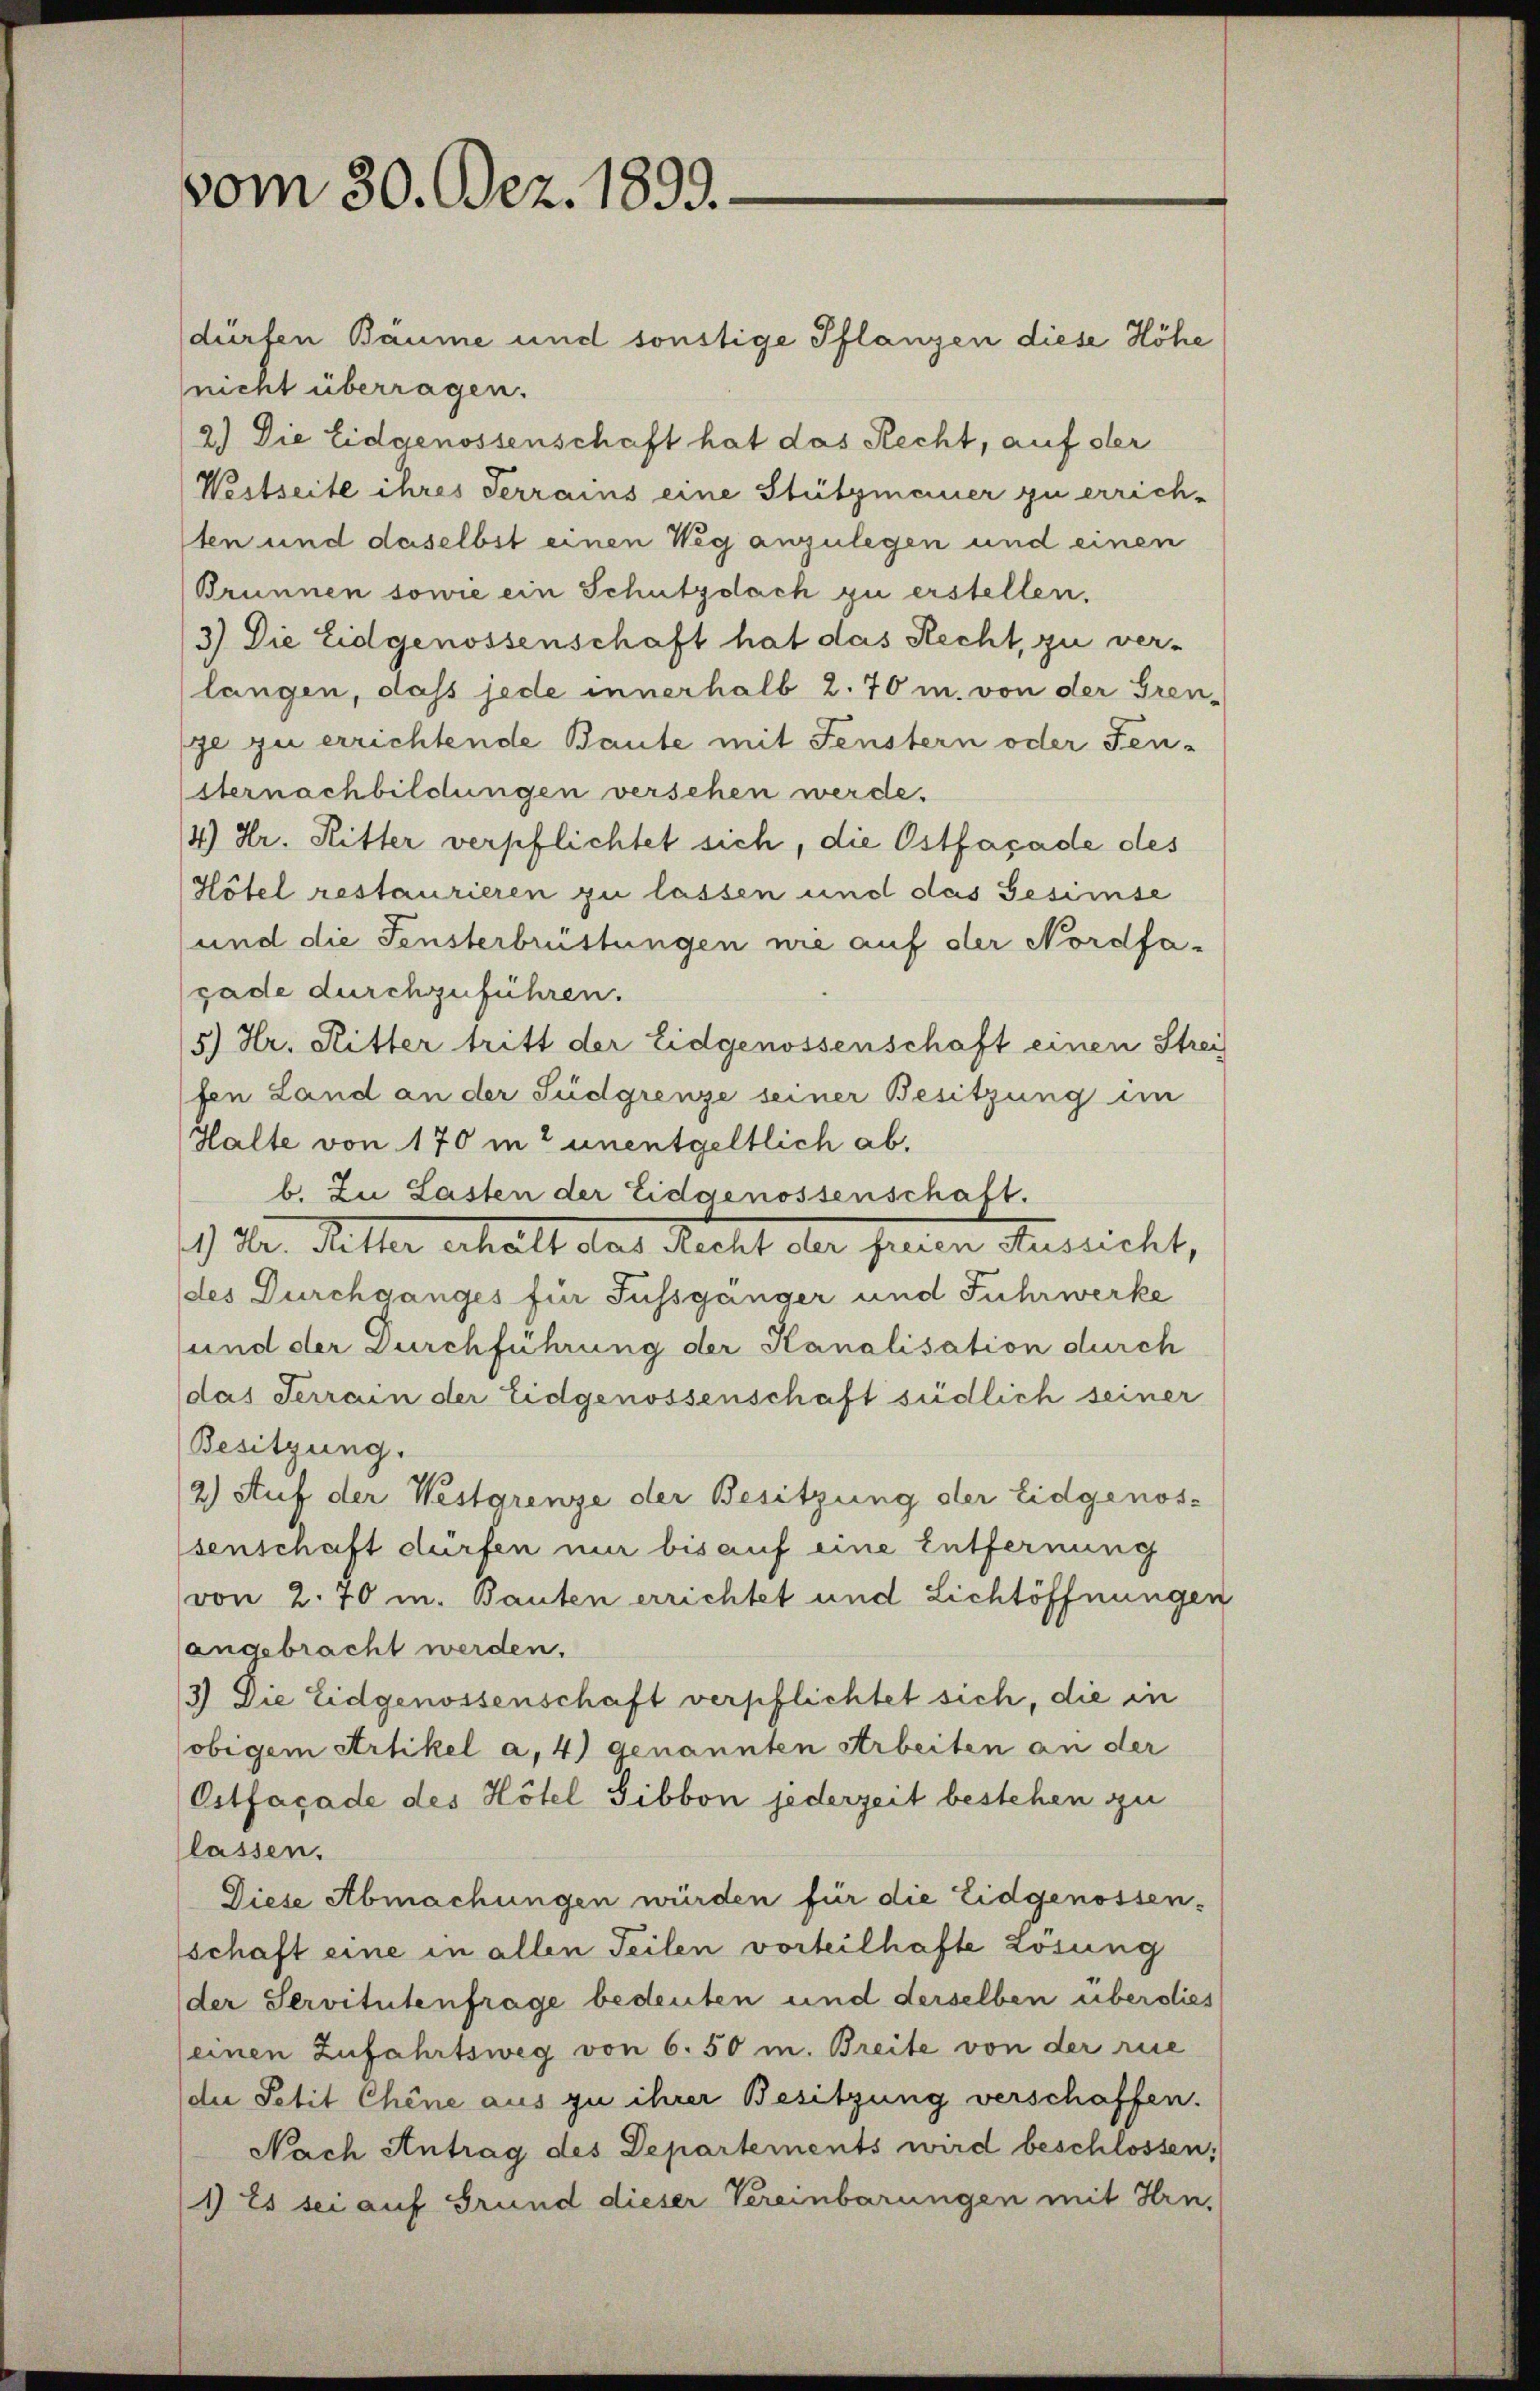
vom 30. Dez. 1899.

dürfen Bäume und sonstige Pflanzen diese Höhe
nicht überragen.
2.) Die Eidgenossenschaft hat das Recht, auf der
Westseite ihres Terrains eine Stützmauer zu errich-
ten und daselbst einen Weg anzulegen und einen
Brunnen sowie ein Schutzdach zu erstellen.
3) Die Eidgenossenschaft hat das Recht, zu ver-
langen, dass jede innerhalb 2.70 m. von der Gren-
ge zu errichtende Baute mit Fenstern oder Fen¬
Sternachbildungen versehen werde.
4) Hr. Ritter verpflichtet sich, die Ostfaçade des
Hôtel restaurieren zu lassen und das Gesinse
und die Fensterbristungen nie auf der Nordfagade durchzuführen.
5) Hr. Ritter tritt der Eidgenossenschaft einen Strei
fen Land an der Südgrenze seiner Besitzung im
Halte von 170 in unentgeltlich ab.
b. Zu Lasten der Eidgenossenschaft.
19) Dr. Ketter erhalt das Recht der freien Aussicht,
(des Durchganges für Fussgänger und Fuhrwerke
und der Durchführung der Kanalisation durch
das Terrain der Eidgenossenschaft sudlich seiner
Besitzung.
2) Auf der Westgrenze der Besitzung der Eidgenos-
senschaft dürfen mir bis auf eine Entfernung
von 2. 70 u. Bauten errichtet und Lichtöffnungen
angebracht werden.
3) Die Eidgenossenschaft verpflichtet sich, die in
obigem Artikel a, 4) genannten Arbeiten an der
Ostfaçade des Hôtel Sibbon jederzeit bestehen zu
lassen.
Diese Abmachungen würden für die Eidgenossen-
schaft eine in allen Teilen vorteilhafte Losung
der Servitutenfrage bedeuten und derselben überdies
einen Zufahrtsweg von 6. 50 m. Breite von der rie
die Petit Chine aus zu ihrer Besitzung verschaffen.
Nach Antrag des Departements wird beschlossen;
1) Es sei auf Grund dieser Vereinbarungen mit Hrn.